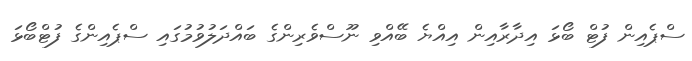
ސްޕެއިން ފުޓް ބޯޅަ އިދާރާއިން އިއްޔެ ބޭއްވި ނޫސްވެރިންގެ ބައްދަލުވުމުގައި ސްޕެއިންގެ ފުޓްބޯޅަ